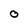
Character: 0